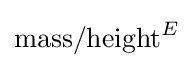
{\text{mass}}/{\text{height}}^{E}